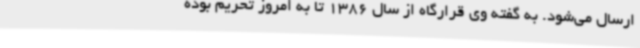
ارسال می‌شود. به گفته وی قرارگاه از سال 1386 تا به امروز تحریم بوده